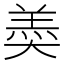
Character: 𡙡